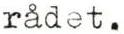
rådet.